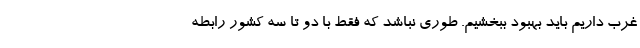
غرب داریم باید بهبود ببخشیم. طوری نباشد که فقط با دو تا سه کشور رابطه